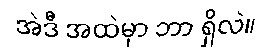
အဲဒီ အထဲမှာ ဘာ ရှိလဲ။